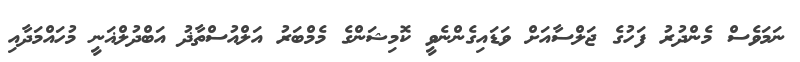
ނަމަވެސް މެންދުރު ފަހުގެ ޖަލްސާއަށް ވަޑައިގެންނެވީ ކޮމިޝަންގެ މެމްބަރު އަލްއުސްތާޛު އަބްދުލްޣަނީ މުހައްމަދާއި